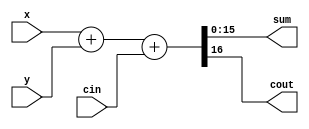
`timescale 1ns/1ps

module addern(cin, x, y, sum, cout);
    parameter n = 16;
    input cin;
    input [n-1:0] x, y;
    output [n-1:0] sum;
    output cout;
    assign {cout, sum} = x + y + cin;
endmodule